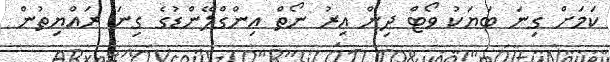
ކަމަށް ގިނަ ބަޔަކު ވޯޓް ދިން އިރު ނޯތް އިންގްލޭންޑުގެ ގިނަ ރައްޔިތުން